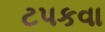
ટપકવા